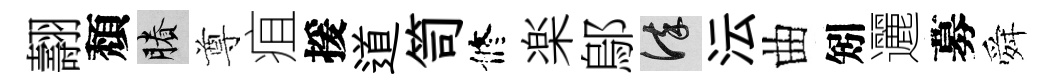
翿頽賸尊疽援道笥修楽鄔謹沄曲矧邐募舜